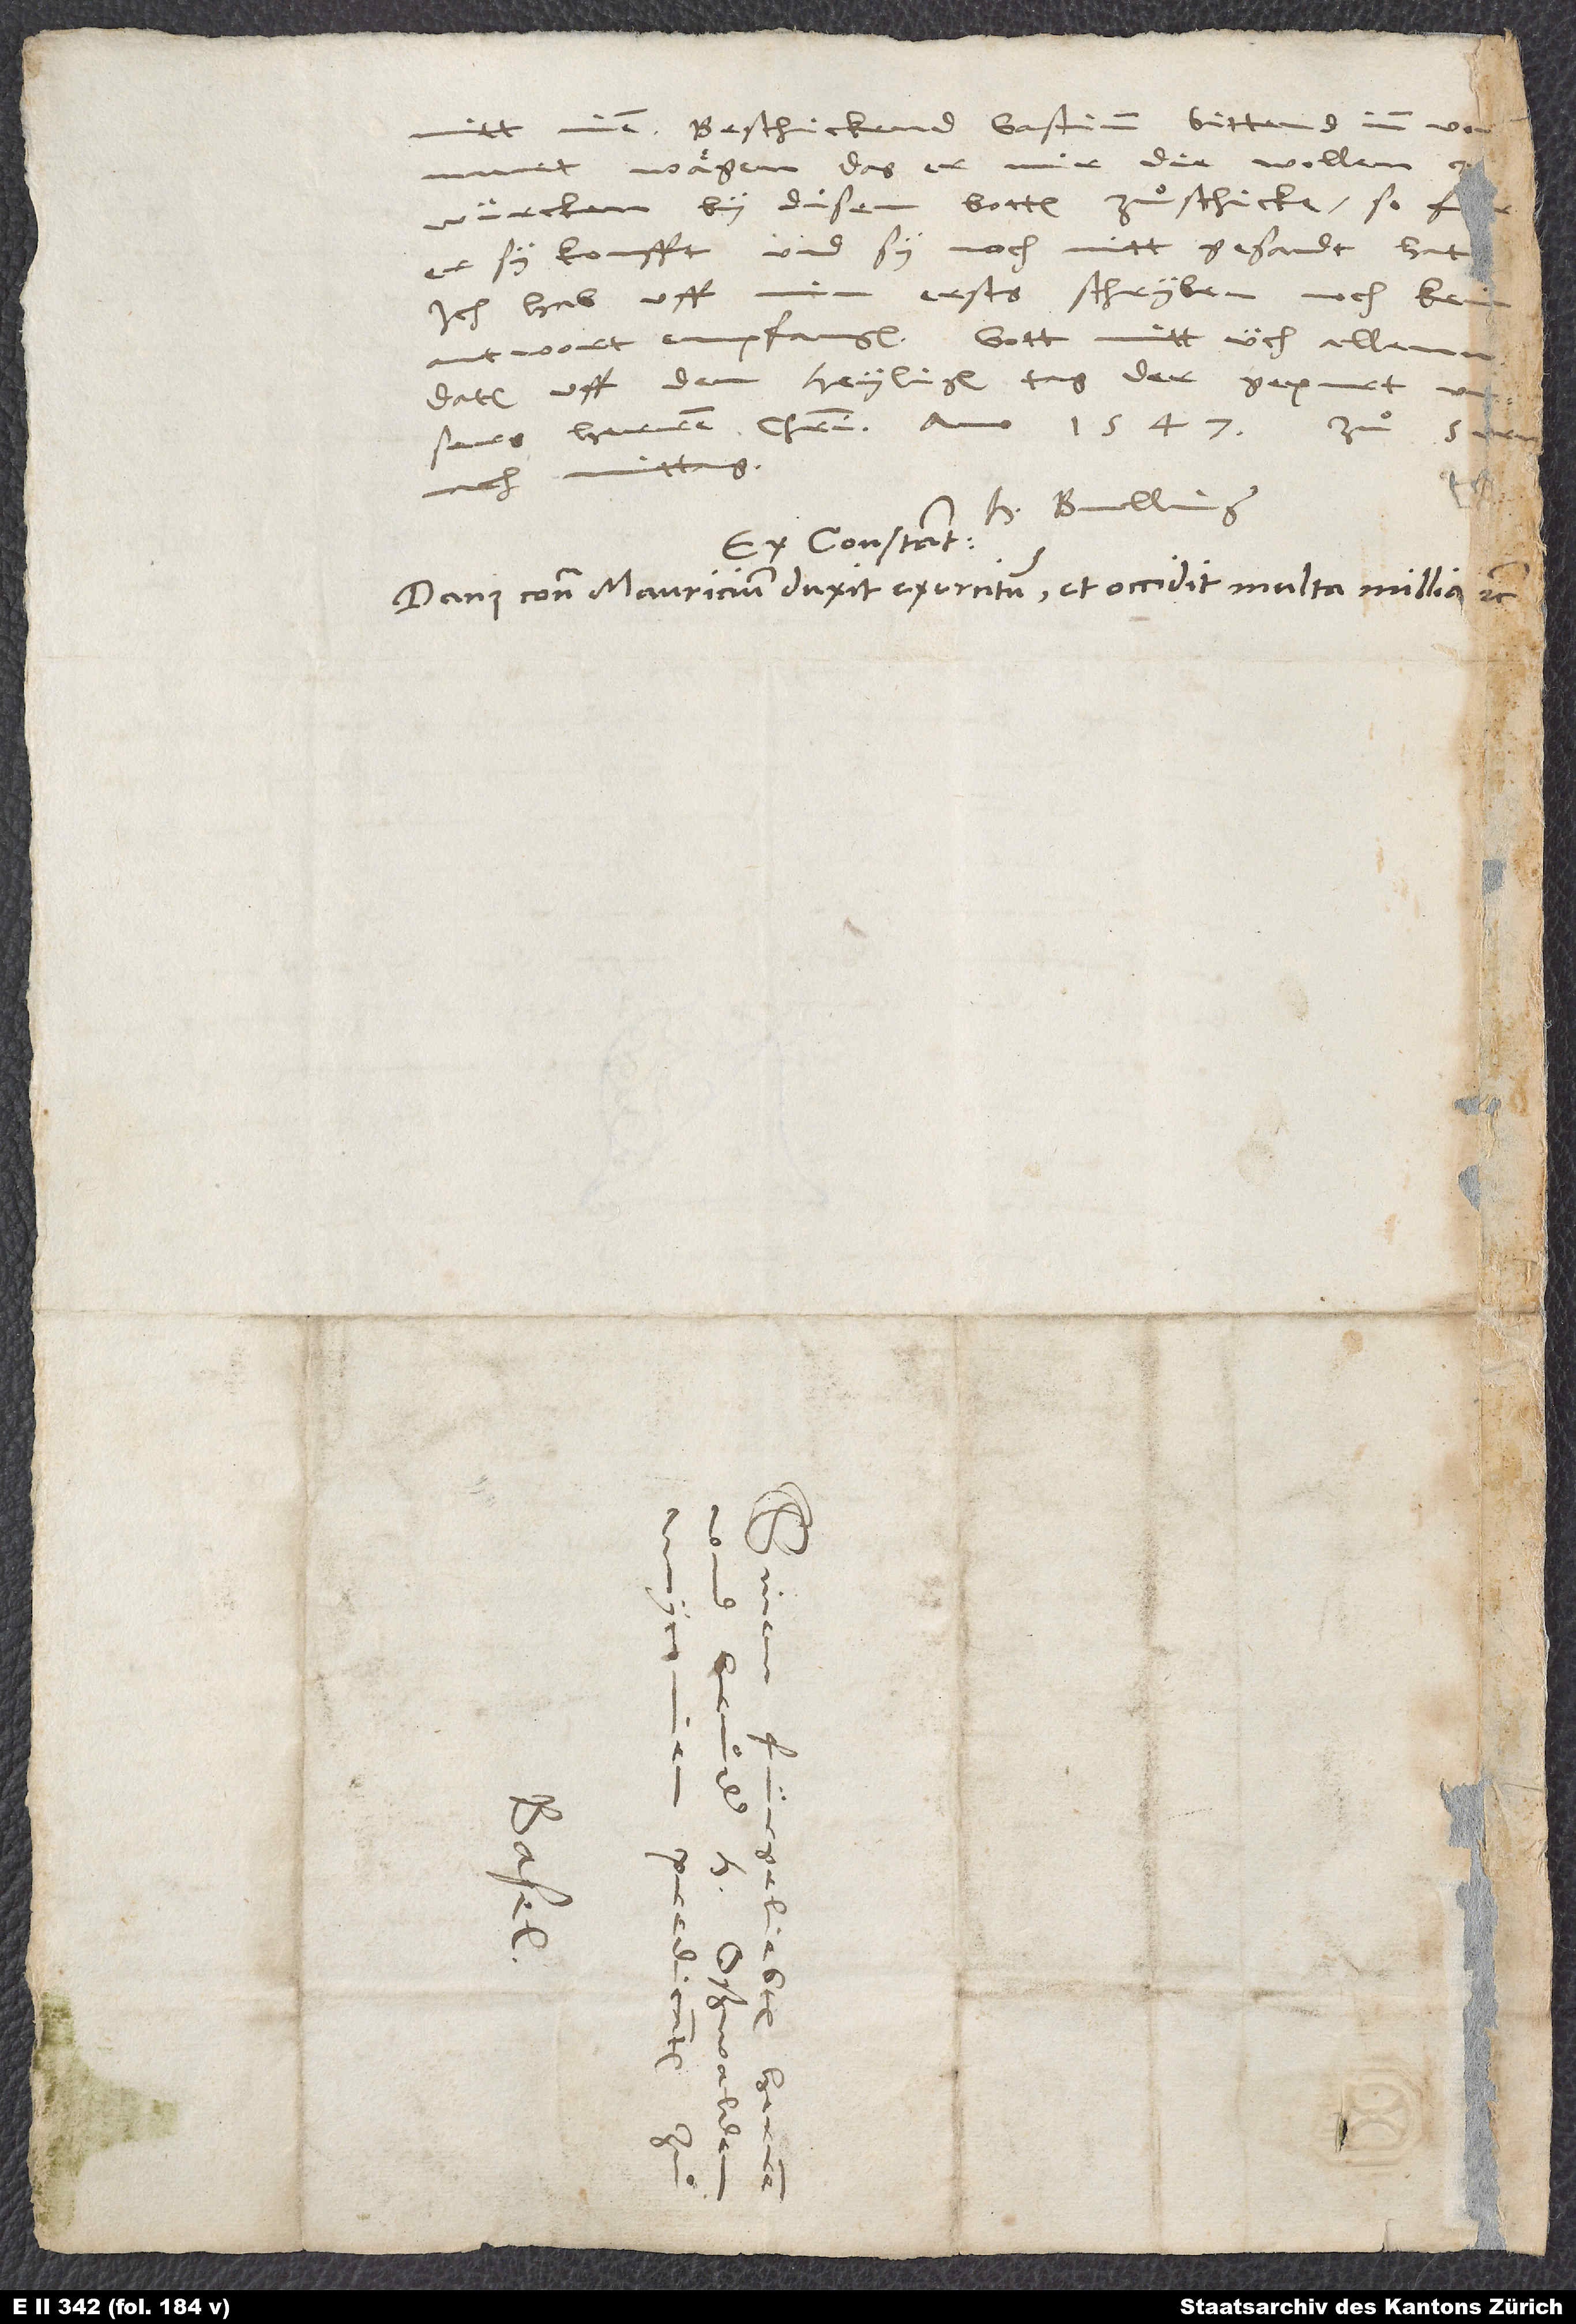
mitt inen. Beschickend Gastium, bittend inn vo
nach mittag.
H. Bullinger.
Ex Constantia.
Danus contra Mauricium duxit exercitum et occidit multa millia.
.